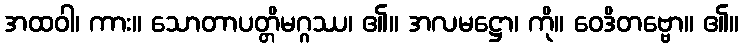
အထဝါ၊ ကား။ သောတာပတ္တိမဂ္ဂဿ၊ ၏။ အလမဋ္ဌော၊ ကို။ ဝေဒိတဗ္ဗော။ ၏။